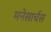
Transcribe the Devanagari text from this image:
मनेसार्चस